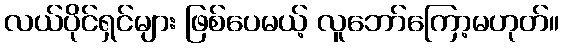
လယ်ပိုင်ရှင်များ ဖြစ်ပေမယ့် လူဘော်ကြော့မဟုတ်။